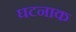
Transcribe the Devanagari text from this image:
घटनाक